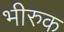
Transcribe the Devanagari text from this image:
भीरुक